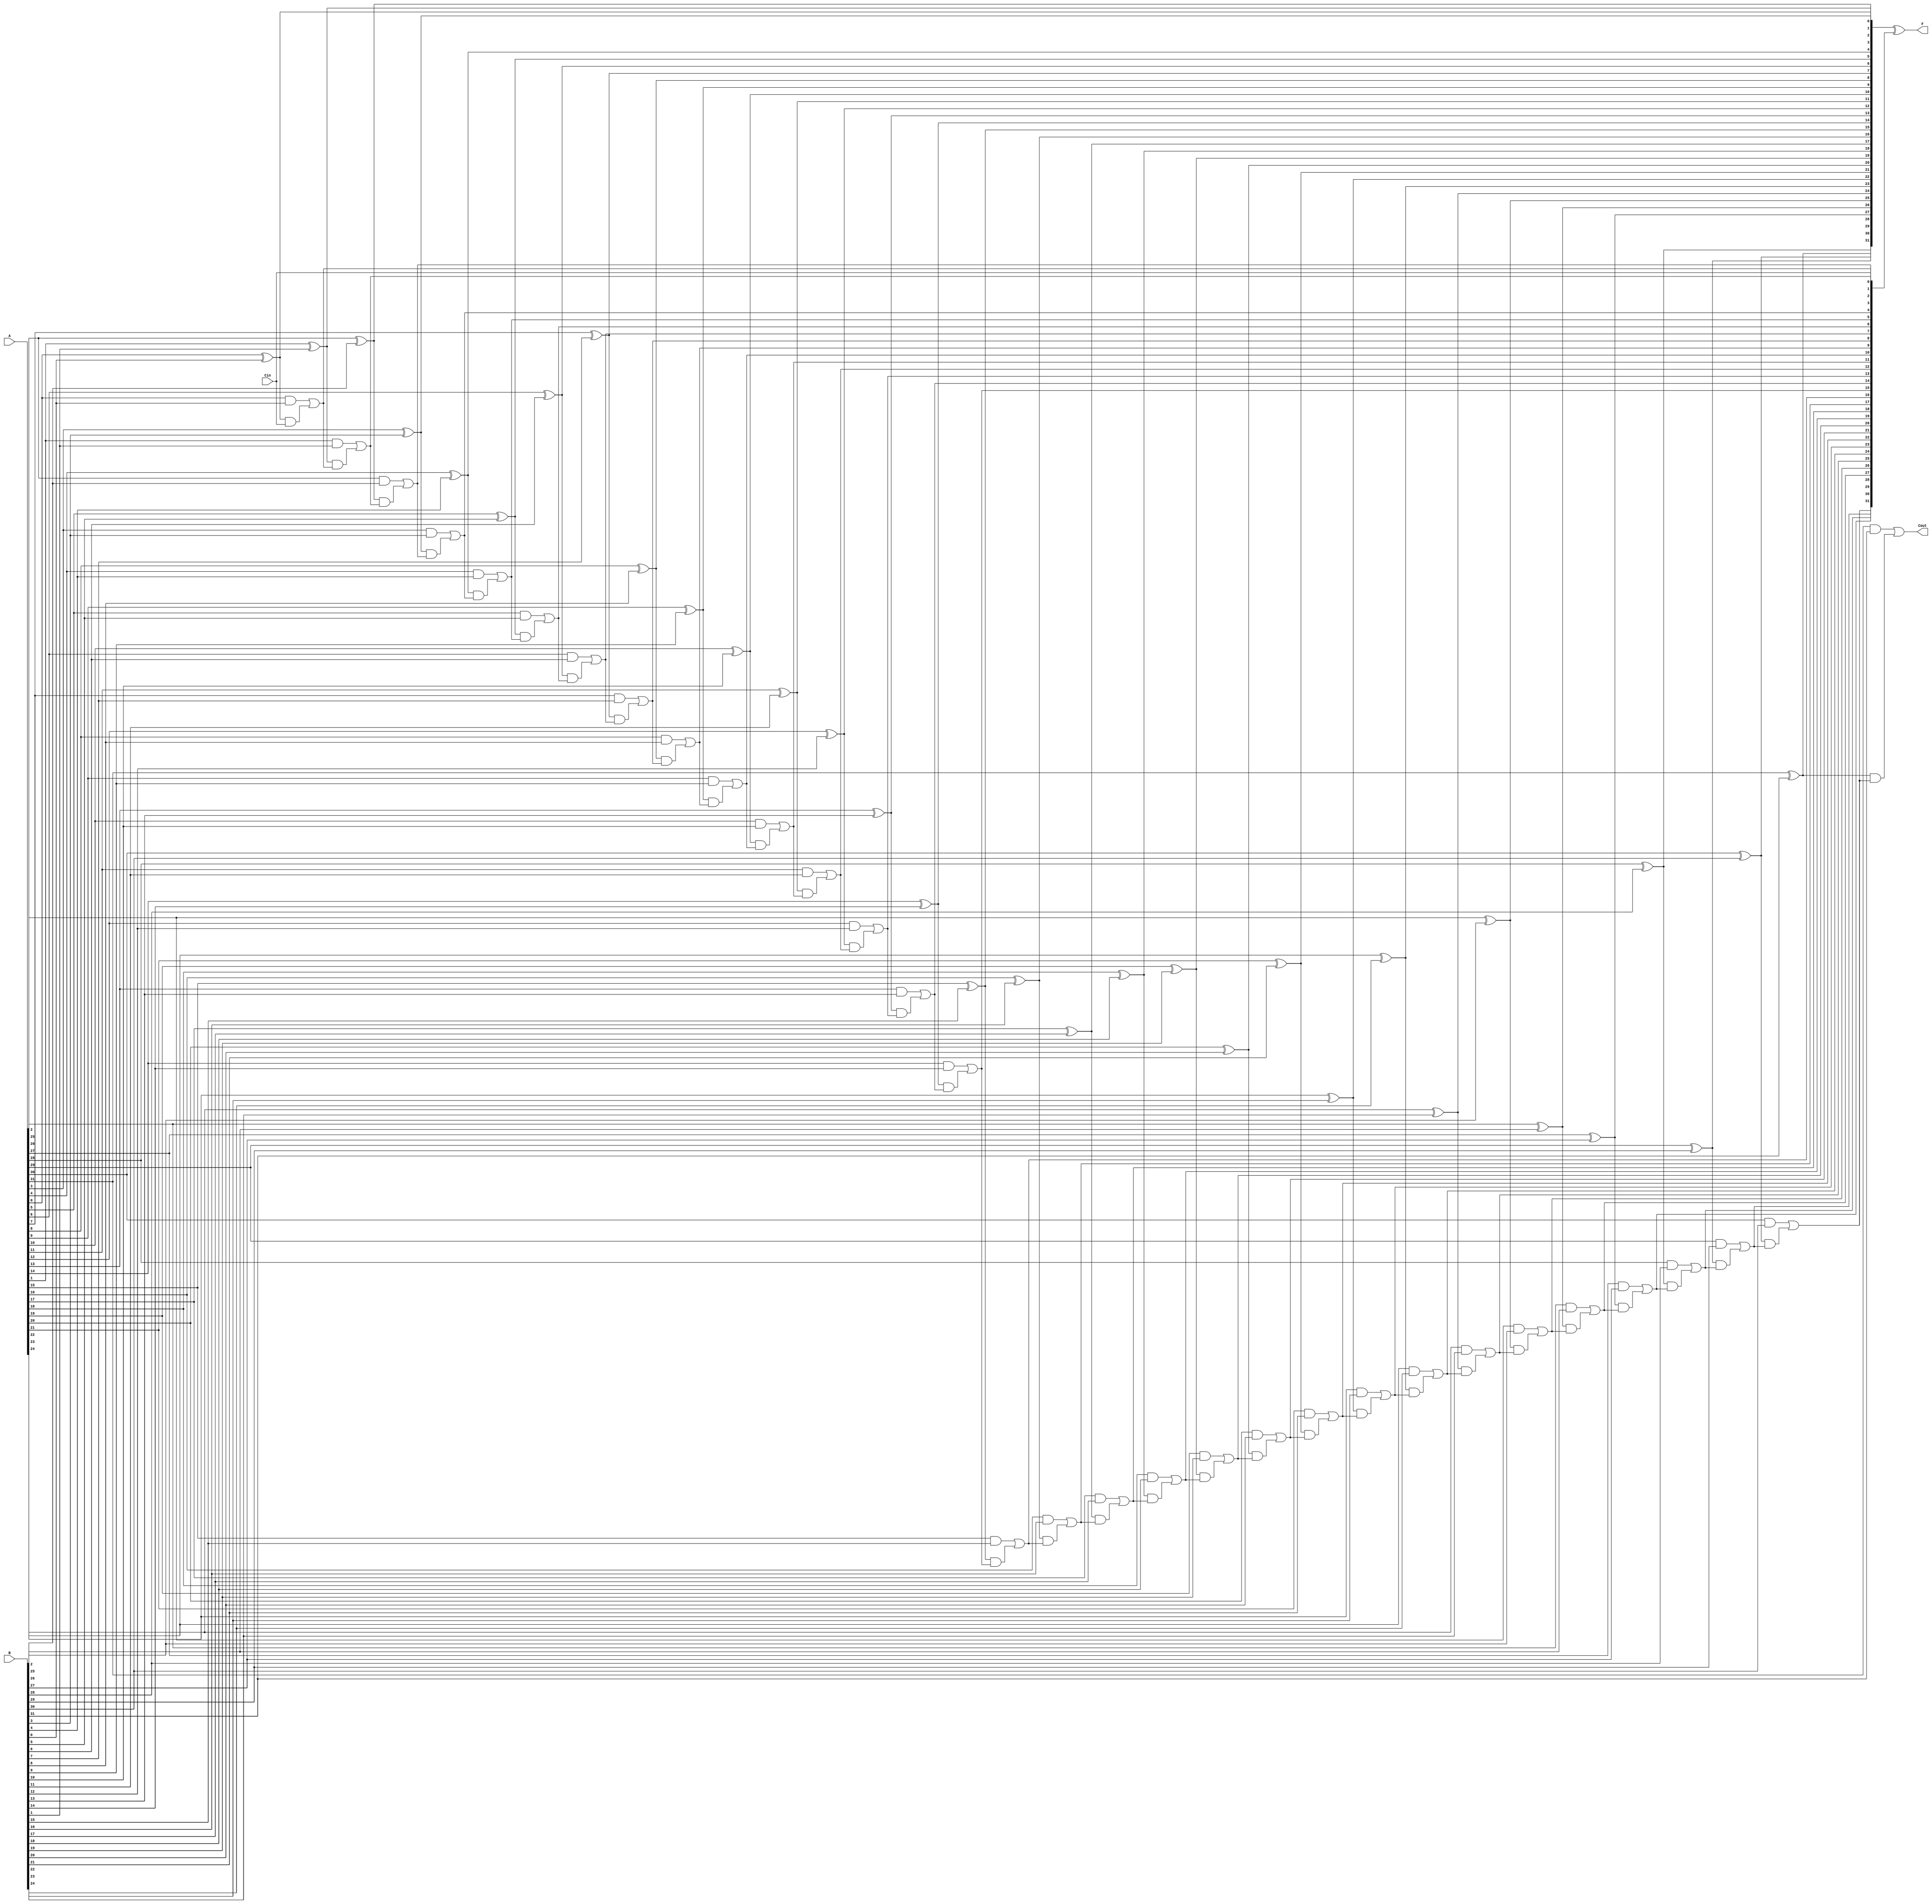
module CarryLookAheadAdder (
    input [31:0] A,
    input [31:0] B,
    input Cin,
    output [31:0] F,
    output Cout
);
  wire [31:0] P, G;
  wire [32:0] C;

  assign C[0] = Cin;

  genvar i;
  generate
    for (i = 0; i < 32; i = i + 1) begin : gen_blk
      assign G[i]   = A[i] & B[i];
      assign P[i]   = A[i] ^ B[i];
      assign C[i+1] = G[i] | (P[i] & C[i]);
    end
  endgenerate

  assign F = P ^ C[31:0];
  assign Cout = C[32];

endmodule